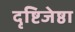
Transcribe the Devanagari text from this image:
दृष्टिजेष्ठा